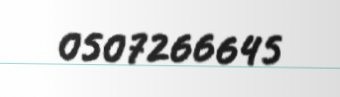
0507266645